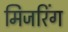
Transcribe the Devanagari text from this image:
मिजरिंग